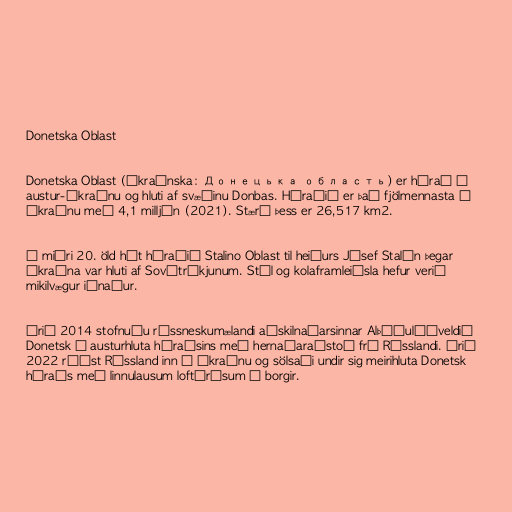
Donetska Oblast

Donetska Oblast (úkraínska: Донецька область) er hérað í
austur-Úkraínu og hluti af svæðinu Donbas. Héraðið er það fjölmennasta í
Úkraínu með 4,1 milljón (2021). Stærð þess er 26,517 km2.

Á miðri 20. öld hét héraðið Stalino Oblast til heiðurs Jósef Stalín þegar
Úkraína var hluti af Sovétríkjunum. Stál og kolaframleiðsla hefur verið
mikilvægur iðnaður.

Árið 2014 stofnuðu rússneskumælandi aðskilnaðarsinnar Alþýðulýðveldið
Donetsk í austurhluta héraðsins með hernaðaraðstoð frá Rússlandi. Árið
2022 réðst Rússland inn í Úkraínu og sölsaði undir sig meirihluta Donetsk
héraðs með linnulausum loftárásum á borgir.